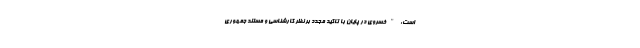
است: "خسروی در پایان با تاکید مجدد بر نظر کارشناسی و مستند جمهوری